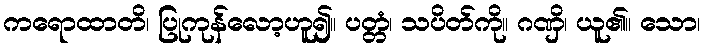
ကရောထာတိ၊ ပြုကုန်လော့ဟူ၍။ ပတ္တံ၊ သပိတ်ကို။ ဂဏှိ၊ ယူ၏။ သော၊